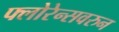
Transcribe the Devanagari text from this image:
फ्लोरेन्सवरुन